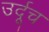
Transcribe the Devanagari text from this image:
उर्दूच